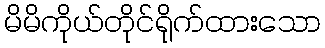
မိမိကိုယ်တိုင်ရိုက်ထားသော